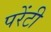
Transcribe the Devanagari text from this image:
परेंटी